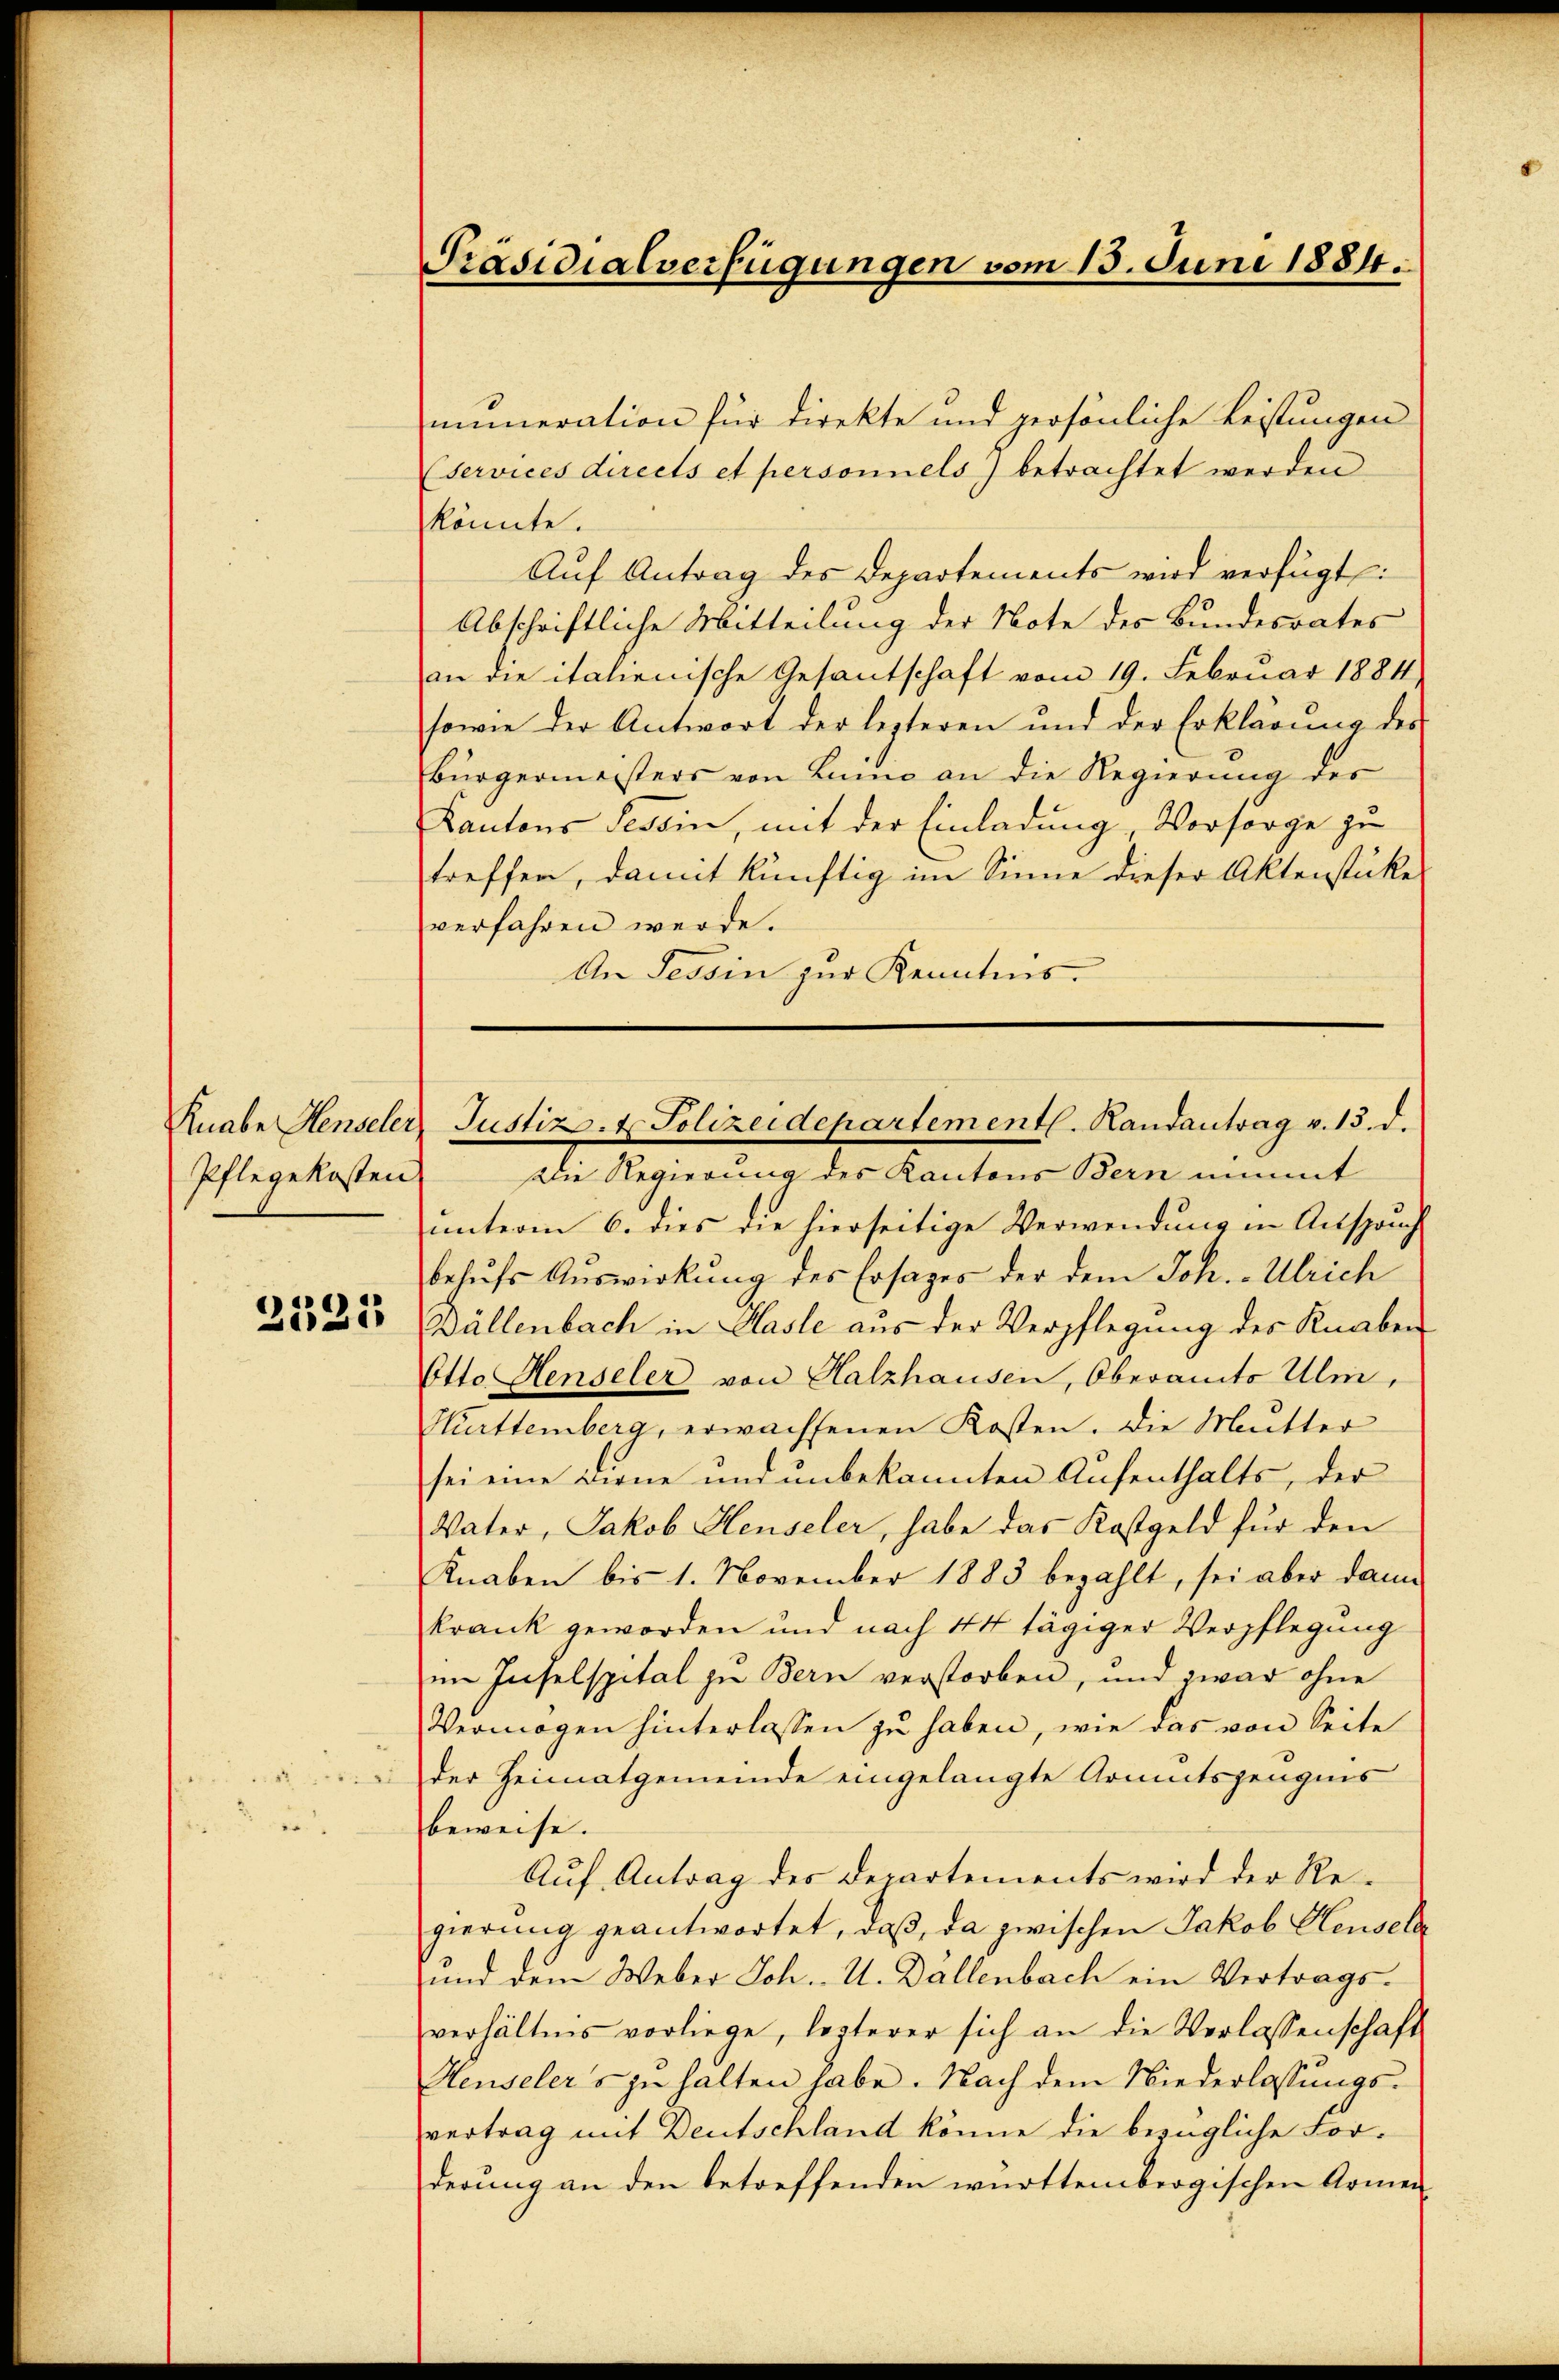
Pflegekosten
2521

Präsidialverfügungen vom 13. Juni 1884.

mumeration für direkte und persönliche Leistungen
services directs et personnels) betrachtet werden
könnte.
Aŭf Antrag des Departements wird verfügt:
Abschriftliche Mitteilung der Note des Bundesrates
an die italienische Gesantschaft vom 19. Februar 1884
sowie der Antwort der lezteren und der Erklärung der
Bürgermeisters von Luino an die Regierung des
Kantons Tessin, mit der Einladung, Vorsorge zu
treffen, damit künftig im Sinne dieser Aktenstücke
verfahren werde.
An Tessin zur Kenntnis.

Knabe Henseler Justiz- & Polizeidepartementl. Randantrag v. 13. d.

Die Regierung des Kantons Bern nimmt
unterm 6. dies die hierseitige Verwendung in Anspruch
behŭfs Auswirkung des Ersages der dem Joh. Ulrich
Bällenbach in Hasle aus der Verpflegung des Knaben
Otto Henseler von Halzhausen, Oberamts Ulm,
Purttemberg, erwachsenen Kosten. Die Mutter
sei eine Dirne und unbekannten Aufenthalts, der
Vater, Jakob Henseler, habe das Kostgeld für den
Knaben bis 1. November 1883 bezahlt, sei aber dann
krank geworden und nach 14 tägiger Verpflegung
im Inselspital zu Bern verstorben, und zwar ohne
Vermögen hinterlassen zu haben, wie das von Seite
der Heimatgemeinde eingelangte Armutszeugnis
beweise.
Auf Antrag des Departements wird der Regierung geantwortet, daß, da zwischen Jakob Aeusela
und dem Weber Joh. U. Dallenbach ein Vertrags-
verhältnis vorliege, lezterer sich an die Verlassenschaft
Henseler's zu halten habe. Nach dem Niederlassungsvertrag mit Deutschland könne die bezügliche Forderung an den betreffenden württembergischen Armen-